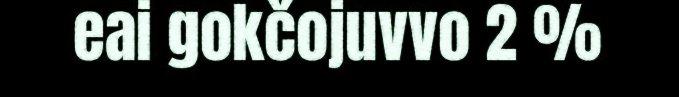
eai gokčojuvvo 2 %